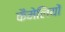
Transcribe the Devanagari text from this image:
कैमेलियों